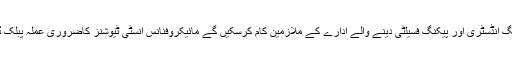
دفاع سے متعلقہ مینوفیکچرنگ انڈسٹری اور پیکنگ فسیلٹی دینے والے ادارے کے ملازمین کام کرسکیں گے مائیکروفنانس انسٹی ٹیوشنز کاضروری عملہ پبلک ڈیلنگ کیلئے دفاتر آسکے گا۔